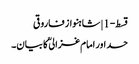
قسط-1 | شاہنواز فاروقی
حسد اور امام غزالیؒ کا بیان۔